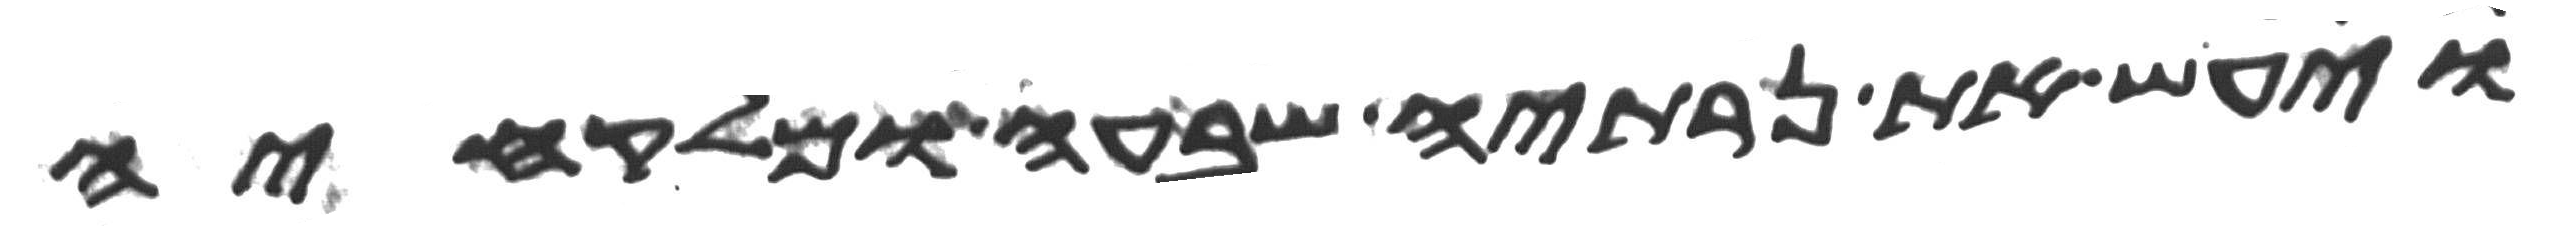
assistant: ויעש את נרתיה שבעה ומלקחיה